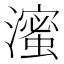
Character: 𬉗